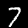
Digit: 7